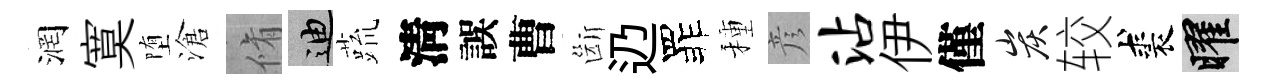
润寞堕滄脩迪蔬淸誤曹斷辸罪種彦沾伊僅炭较裘曜